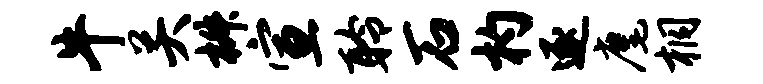
牛关椒宣聆石杓逐麾桐